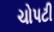
ચોપટી